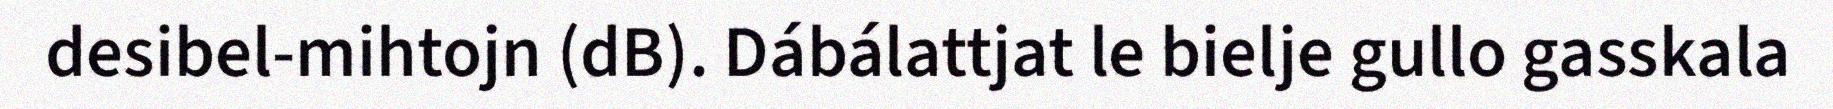
desibel-mihtojn (dB). Dábálattjat le bielje gullo gasskala